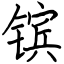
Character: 镔